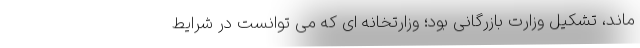
ماند، تشکیل وزارت بازرگانی بود؛ وزارتخانه ای که می توانست در شرایط